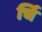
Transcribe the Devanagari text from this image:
र्चि